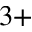
^ { 3 + }